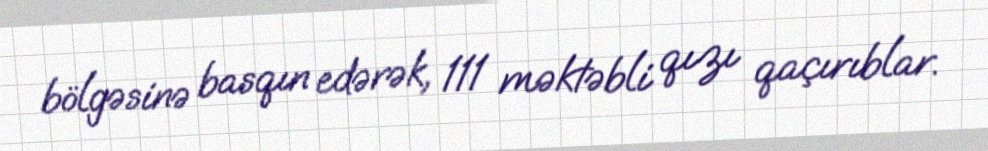
bölgəsinə basqın edərək, 111 məktəbli qızı qaçırıblar.